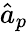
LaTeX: \hat{a}_{p}